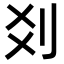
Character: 𠛄